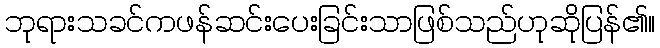
ဘုရားသခင်ကဖန်ဆင်းပေးခြင်းသာဖြစ်သည်ဟုဆိုပြန်၏။